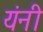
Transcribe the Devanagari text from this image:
यंनी